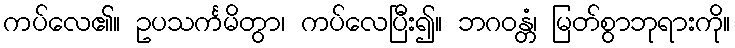
ကပ်လေ၏။ ဥပသင်္ကမိတွာ၊ ကပ်လေပြီး၍။ ဘဂဝန္တံ၊ မြတ်စွာဘုရားကို။